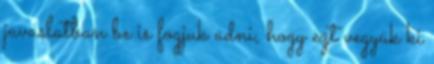
javaslatban be is fogjuk adni, hogy ezt vegyük ki